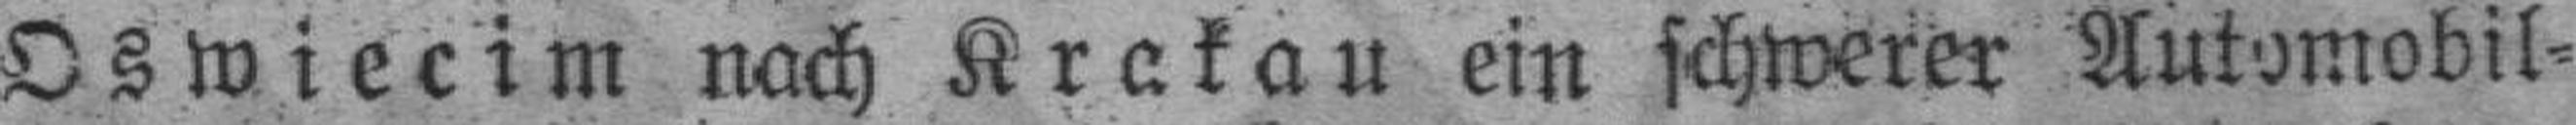
Oswiecim nach Krakau ein schwerer Automobil¬